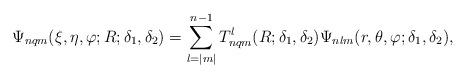
LaTeX: \begin{align*}\Psi_{nqm}(\xi,\eta,\varphi; R; \delta_1,\delta_2) =\sum_{l=|m|}^{n-1} T_{nqm}^{l}(R; \delta_1,\delta_2)\Psi_{nlm}(r,\theta,\varphi;\delta_1,\delta_2),\end{align*}